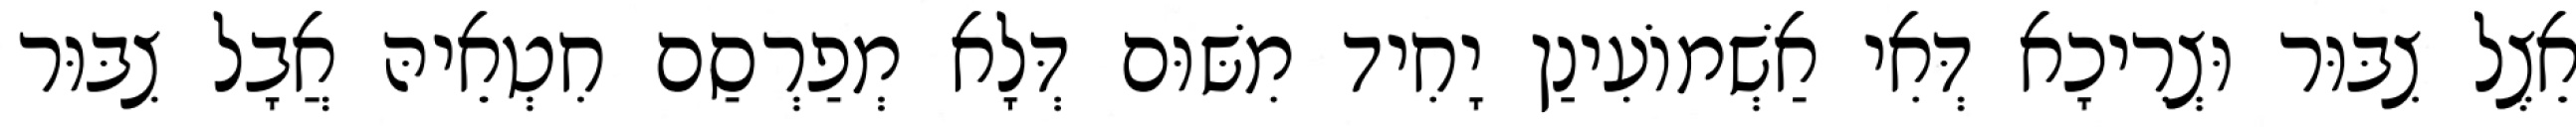
אֵצֶל צִבּוּר וּצְרִיכָא דְּאִי אַשְׁמוֹעִינַן יָחִיד מִשּׁוּם דְּלָא מְפַרְסַם חִטְאֵיהּ אֲבָל צִבּוּר